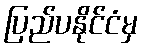
ပြည်ပနိုင်ငံမှ